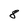
Character: 8